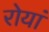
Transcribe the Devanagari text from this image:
रोयां